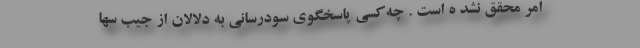
امر محقق نشد ه است . چه‌کسی پاسخگوی سودرسانی به دلالان از جیب سها